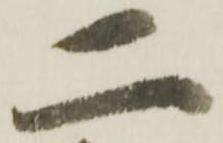
二